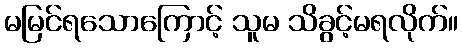
မမြင်ရသောကြောင့် သူမ သိခွင့်မရလိုက်။